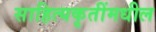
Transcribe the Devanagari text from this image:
साहित्यकृतींमधील